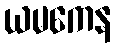
ယမကေန